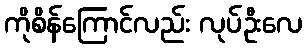
ကိုစိန်ကြောင်လည်း လုပ်ဦးလေ